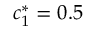
c _ { 1 } ^ { * } = 0 . 5